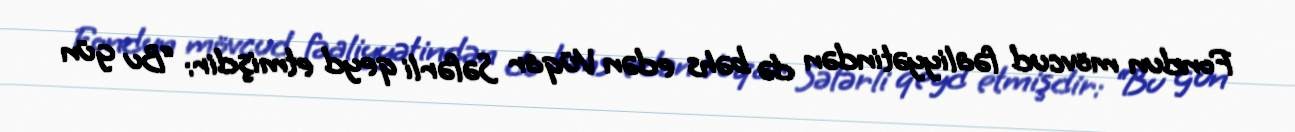
Fondun mövcud fəaliyyətindən də bəhs edən Vüqar Səfərli qeyd etmişdir: “Bu gün